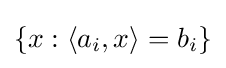
{\textstyle \{x:\langle a_{i},x\rangle =b_{i}\}}